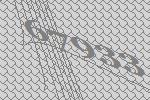
67933